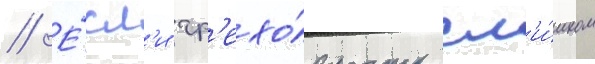
// Е́сл'и гр'ехо́вность сл'и́шком